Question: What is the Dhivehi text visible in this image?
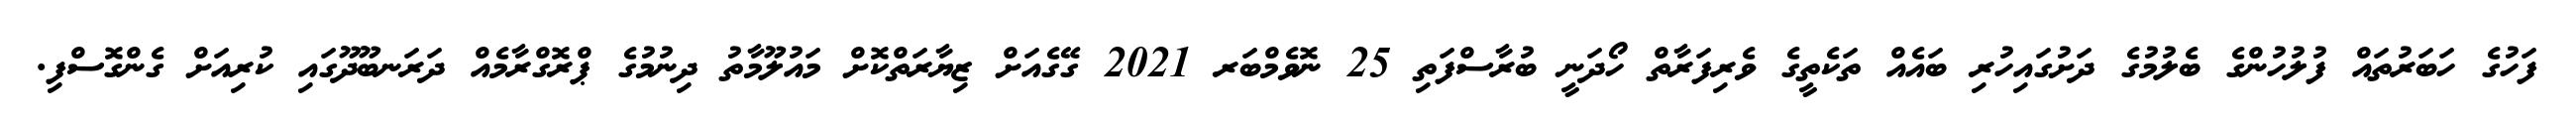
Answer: ފަހުގެ ހަބަރުތައް ފުލުހުންގެ ބެލުމުގެ ދަށުގައިހުރި ބައެއް ތަކެތީގެ ވެރިފަރާތް ހޯދަނީ ބުރާސްފަތި 25 ނޮވެމްބަރ 2021 ގޭގެއަށް ޒިޔާރަތްކޮށް މައުލޫމާތު ދިނުމުގެ ޕްރޮގްރާމެއް ދަރަނބޫދޫގައި ކުރިއަށް ގެންގޮސްފި.